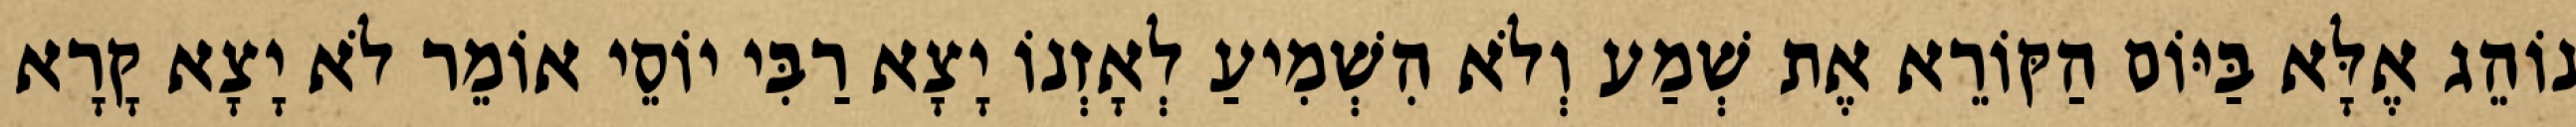
נוֹהֵג אֶלָּא בַּיּוֹם הַקּוֹרֵא אֶת שְׁמַע וְלֹא הִשְׁמִיעַ לְאָזְנוֹ יָצָא רַבִּי יוֹסֵי אוֹמֵר לֹא יָצָא קָרָא